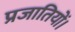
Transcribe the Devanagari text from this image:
प्रजातियों।